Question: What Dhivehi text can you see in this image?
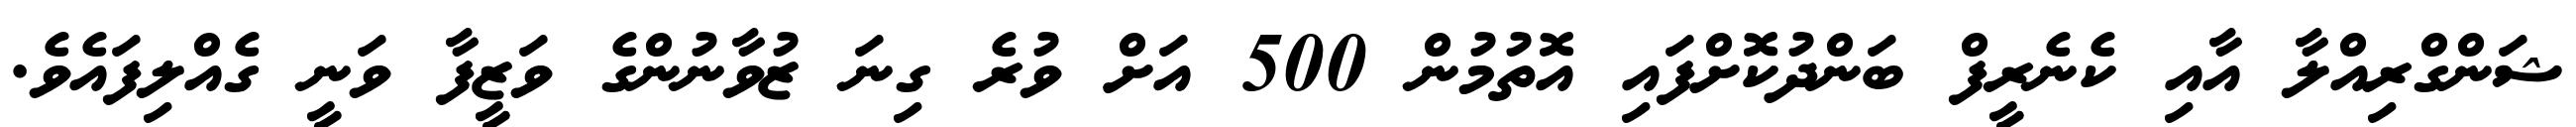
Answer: ޝަންގްރިއްލާ އާއި ކެނެރީފް ބަންދުކޮށްފައި އޮތުމުން 500 އަށް ވުރެ ގިނަ ޒުވާނުންގެ ވަޒީފާ ވަނީ ގެއްލިފައެވެ.